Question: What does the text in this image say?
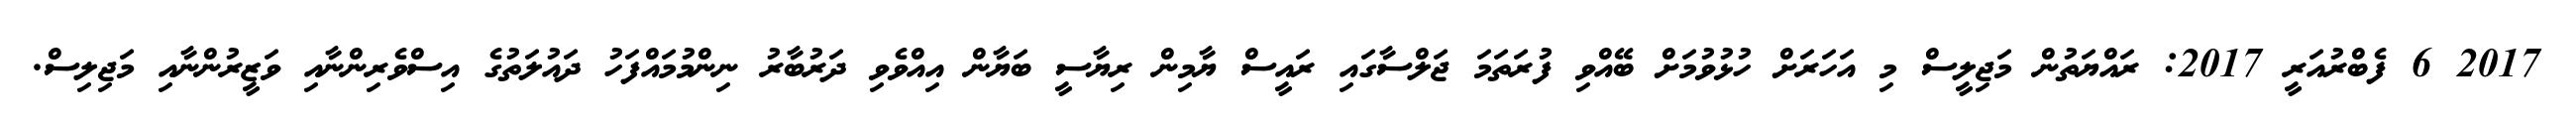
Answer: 2017 6 ފެބްރުއަރީ 2017: ރައްޔަތުން މަޖިލީސް މި އަހަރަށް ހުޅުވުމަށް ބޭއްވި ފުރަތަމަ ޖަލްސާގައި ރައީސް ޔާމިން ރިޔާސީ ބަޔާން އިއްވެވި ދަރުބާރު ނިންމުމައްފަހު ދައުލަތުގެ އިސްވެރިންނާއި ވަޒީރުންނާއި މަޖިލިސް.